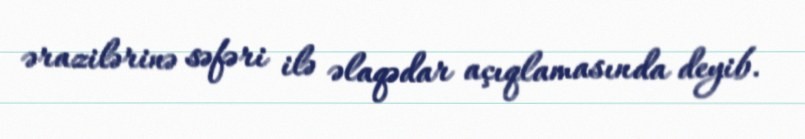
ərazilərinə səfəri ilə əlaqədar açıqlamasında deyib.